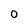
Character: 0